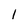
Character: 1